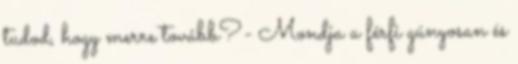
tudod, hogy merre tovább?- Mondja a férfi gúnyosan és